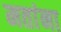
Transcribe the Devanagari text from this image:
मतांना